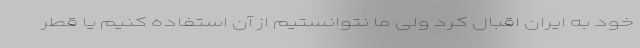
خود به ایران اقبال کرد ولی ما نتوانستیم از آن استفاده کنیم یا قطر